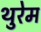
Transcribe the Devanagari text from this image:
थुरेम